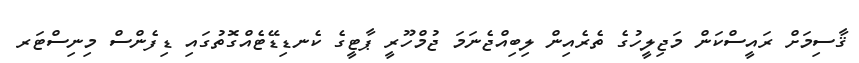
ޤާސިމަށް ރައީސްކަން މަޖިލީހުގެ ތެރެއިން ލިބިއްޖެނަމަ ޖުމްހޫރީ ޕާޓީގެ ކެނޑިޑޭޓެއްގޮތުގައި ޑިފެންސް މިނިސްޓަރ